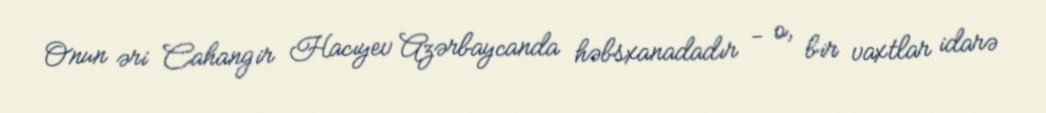
Onun əri Cahangir Hacıyev Azərbaycanda həbsxanadadır - o, bir vaxtlar idarə